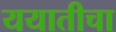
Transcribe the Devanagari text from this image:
ययातीचा